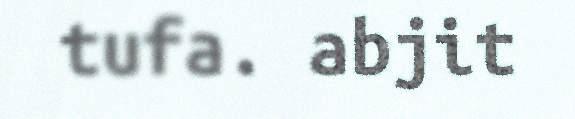
tufa. abjit